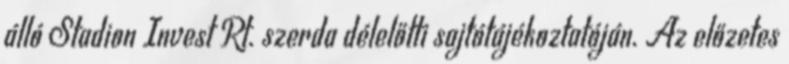
álló Stadion Invest Rt. szerda délelőtti sajtótájékoztatóján. Az előzetes